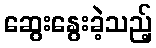
ဆွေးနွေးခဲ့သည့်